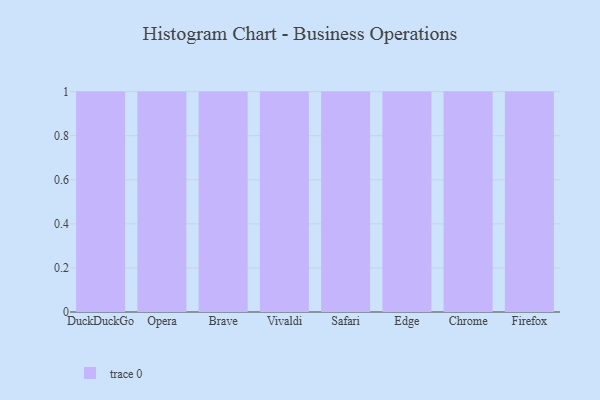
{"axis": {"x": "Browser", "y": "Production Output"}, "legend": [""], "data": [{"x": "DuckDuckGo", "y": 52, "type": ""}, {"x": "Opera", "y": 55, "type": ""}, {"x": "Brave", "y": 45, "type": ""}, {"x": "Vivaldi", "y": 46, "type": ""}, {"x": "Safari", "y": 73, "type": ""}, {"x": "Edge", "y": 37, "type": ""}, {"x": "Chrome", "y": 1, "type": ""}, {"x": "Firefox", "y": 68, "type": ""}]}